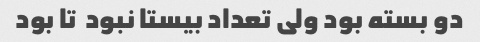
دو بسته بود ولی تعداد بیستا نبود  تا بود